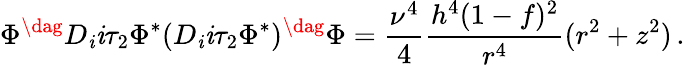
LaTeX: \Phi^{\dag}D_{\mathit{i}}\mathit{i}\tau_{2}\Phi^{*}(D_{\mathit{i}}\mathit{i}\tau_{2}\Phi^{*})^{\dag}\Phi=\frac{{\nu^{4}}}{{4}}\frac{{h^{4}(1-f)^{2}}}{{r^{4}}}(r^{2}+z^{2})\, .